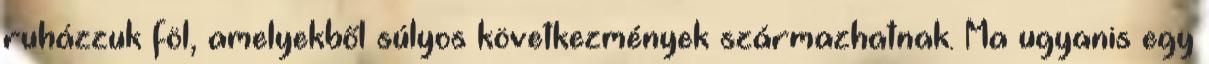
ruházzuk föl, amelyekből súlyos következmények származhatnak. Ma ugyanis egy